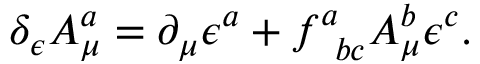
\delta _ { \epsilon } A _ { \mu } ^ { a } = \partial _ { \mu } \epsilon ^ { a } + f _ { \; \; b c } ^ { a } A _ { \mu } ^ { b } \epsilon ^ { c } .